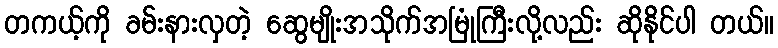
တကယ့်ကို ခမ်းနားလှတဲ့ ဆွေမျိုးအသိုက်အမြုံကြီးလို့လည်း ဆိုနိုင်ပါ တယ်။